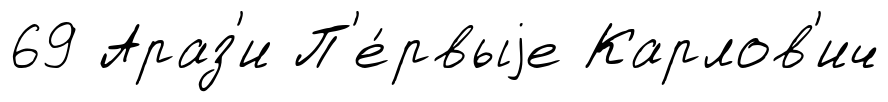
69 Араз'и П'е́рвыjе Карлов'ич